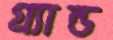
গ্র্যান্ড